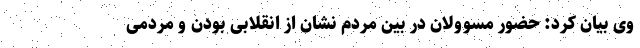
وی بیان کرد: حضور مسوولان در بین مردم نشان از انقلابی بودن و مردمی